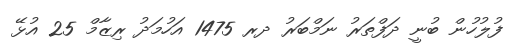
ފުލުހުން ބުނީ ދަފްތަރު ނަމްބަރު ދރ 1475 އަހުމަދު ރިޒާމް 25 އުޅޭ